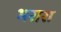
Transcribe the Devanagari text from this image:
भरारा